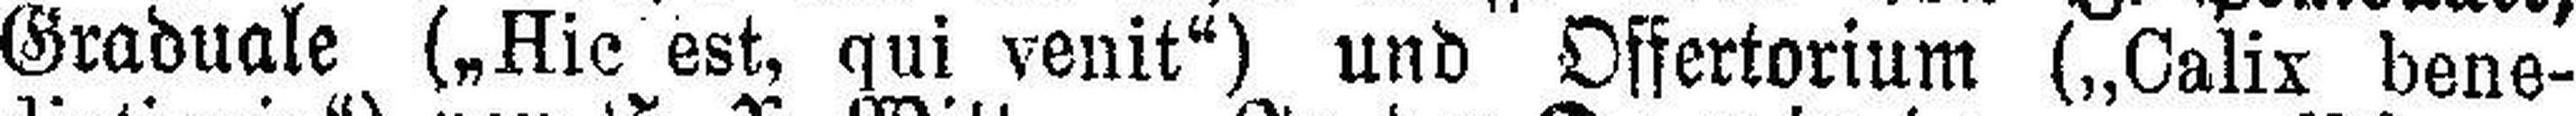
Graduale („Hic est, qui venit“) und Offertorium („Calix bene¬